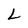
Character: L